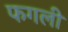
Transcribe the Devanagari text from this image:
फगली